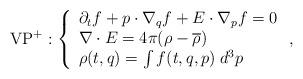
LaTeX: \begin{align*}\textrm{VP}^+: \left\{ \begin{array}{l} \partial_t f + p\cdot \nabla_q f + E\cdot\nabla_p f = 0\\\nabla\cdot E = 4 \pi (\rho - \overline{\rho})\\\rho(t,q) = \int f(t,q,p)\;d^3p \end{array}\right. ,\end{align*}